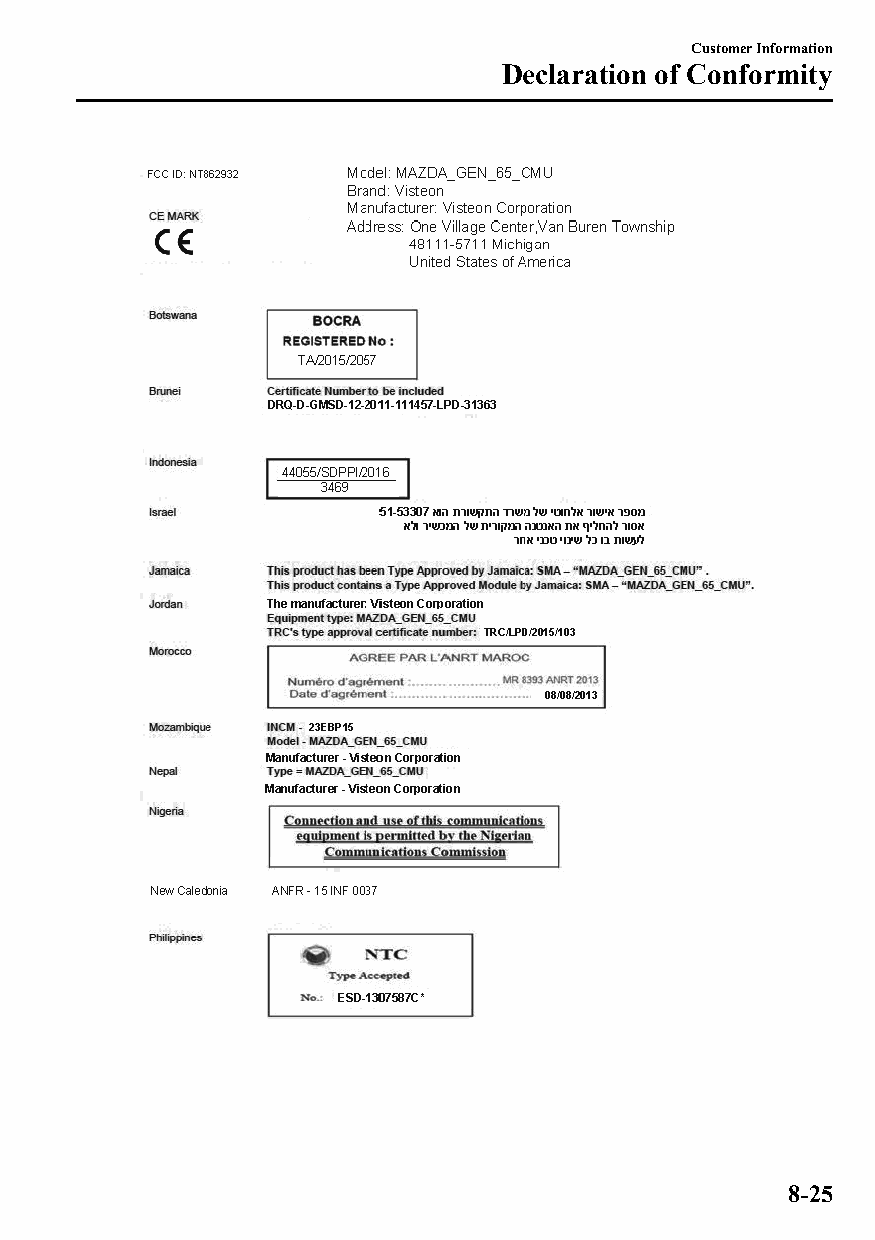
Customer Information
 Declaration of Conformity
 8-25
 CX-3_8GT4-EE-18D_Edition4                  2018-9-6 18:32:19